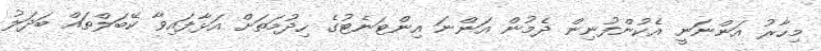
މިހާރު އަންނަނީ އެކުންފުނިން ދެމުން އަންނަ އިންޓަނެޓުގެ ހިދުމަތަށް އަޅާފައިވާ ކޭބަލްތައް ބަދަލު